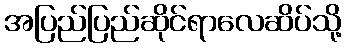
အပြည်ပြည်ဆိုင်ရာလေဆိပ်သို့